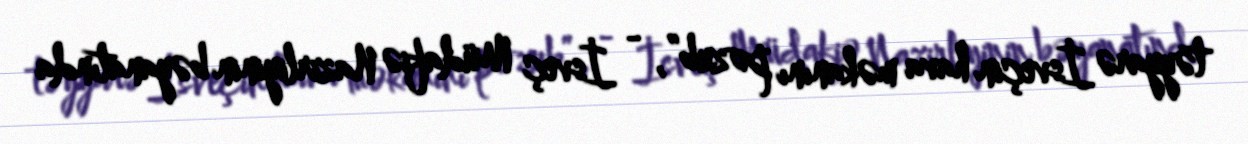
təyyarə İsveçin hava məkanını pozub”, - İsveç Müdafiə Nazirliyinin bəyanatında